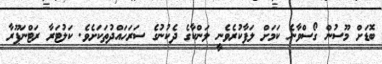
ބޮޑަށް މޫސުން ގޯސްވާނެ ކަމަށް ލަަފާކުރެވެނީ ލަންކާގެ ދެކުނުގެ ސަރަހައްދުތަކަށެވެ. ކަލުޓަރާ ރަޓްނަޕޫރާ